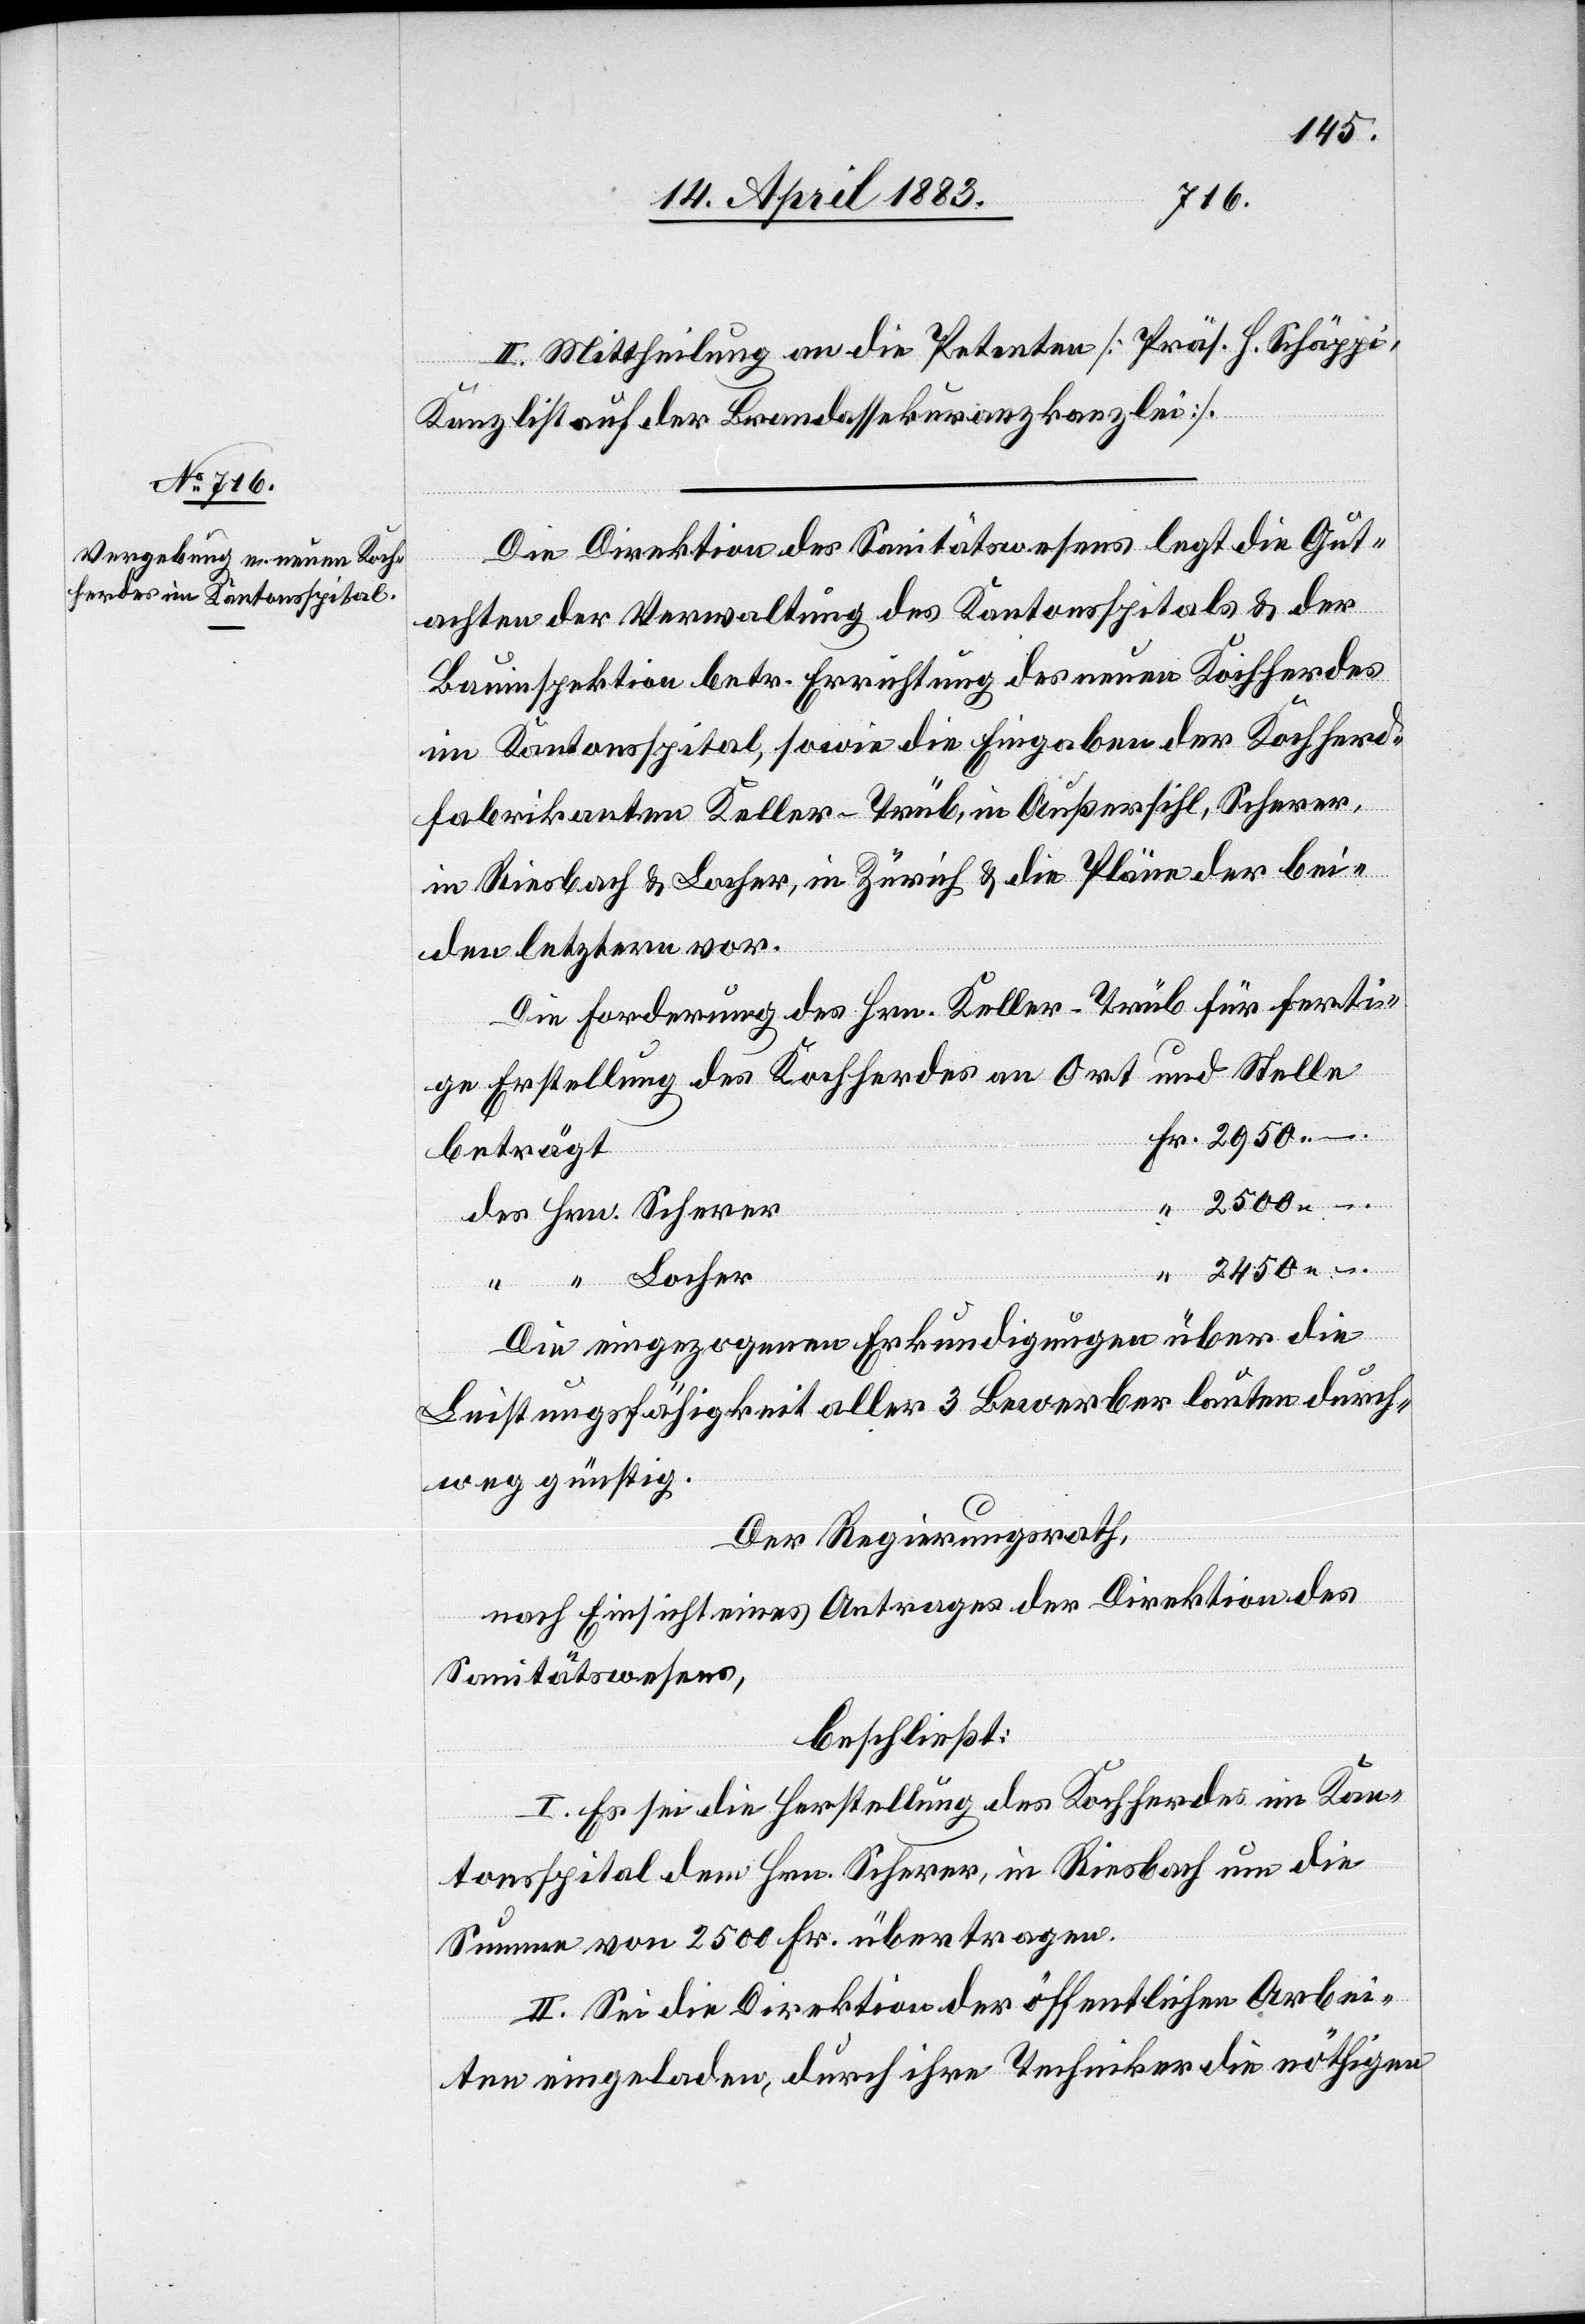
II. Mittheilung an die Petenten [Präs. H. Schäppi,
Kanzlist auf der Brandassekuranzkanzlei].
Die Direktion des Sanitätswesens legt die Gut¬
achten der Verwaltung des Kantonsspitals & der
Bauinspektion betr. Errichtung des neuen Kochherdes
im Kantonsspital, sowie die Eingaben der Kochherd¬
fabrikanten Keller-Trüb, in Außersihl, Scherer,
in Riesbach & Locher, in Zürich & die Pläne der bei¬
den letztern vor.
Die Forderung des Hrn. Keller-Trüb für ferti¬
ge Erstellung des Kochherdes an Ort und Stelle
beträgt
2500.–
Die eingezogenen Erkundigungen über die
Leistungsfähigkeit aller 3 Bewerber lauten durch¬
weg günstig.
Der Regierungsrath,
nach Einsicht eines Antrages der Direktion des
Sanitätswesens,
beschließt:
I. Es sei die Herstellung des Kochherdes im Kan¬
tonsspital dem Hrn. Scherer, in Riesbach um die
Summe von 2500 Fr. übertragen.
II. Sei die Direktion der öffentlichen Arbei¬
ten eingeladen, durch ihre Techniker die nöthigen